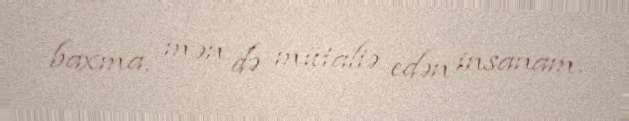
baxma, mən də mütaliə edən insanam.